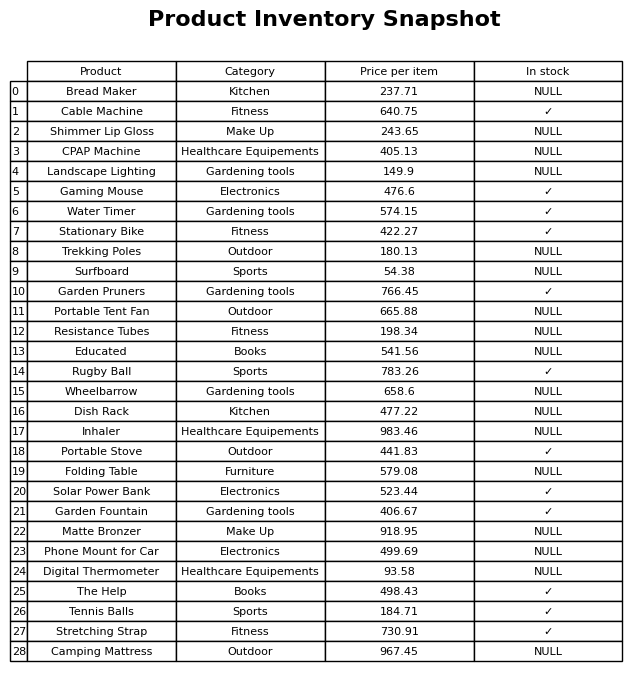
question: What is the price of the Educated?
answer: The price of Educated is 541.56.